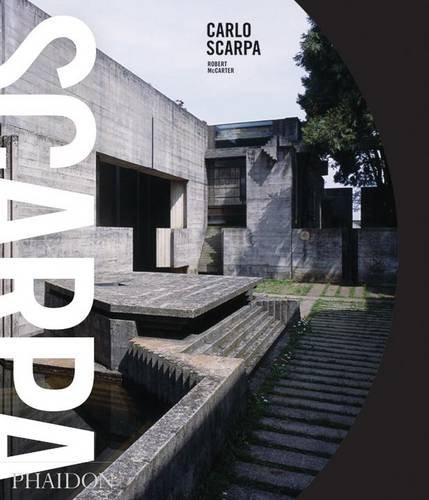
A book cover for Carlo Scarpa; Arts & Photography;